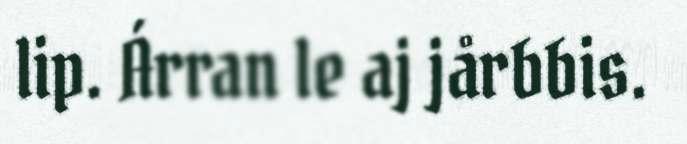
lip. Árran le aj jårbbis.